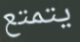
يتمتع